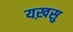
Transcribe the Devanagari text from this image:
यख़सु